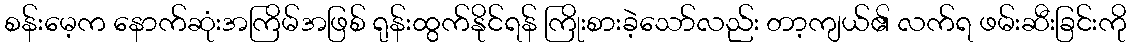
စန်းမေ့က နောက်ဆုံးအကြိမ်အဖြစ် ရုန်းထွက်နိုင်ရန် ကြိုးစားခဲ့သော်လည်း တာ့ကျယ်၏ လက်ရ ဖမ်းဆီးခြင်းကို